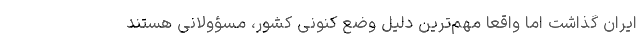
ایران گذاشت اما واقعا مهم‌ترین دلیل وضع کنونی کشور، مسؤولانی هستند